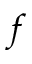
f